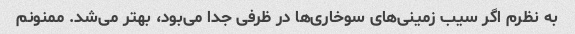
به نظرم اگر سیب زمینی‌های سوخاری‌ها در ظرفی جدا می‌بود، بهتر می‌شد. ممنونم